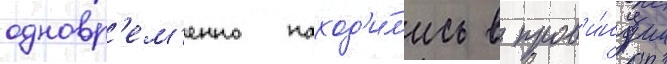
одновр'ем'енно наход'и́л'ись в пров'и́нции